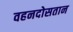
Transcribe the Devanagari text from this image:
वहनदोसतान